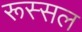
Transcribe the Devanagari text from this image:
रूस्सल